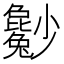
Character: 𡮿